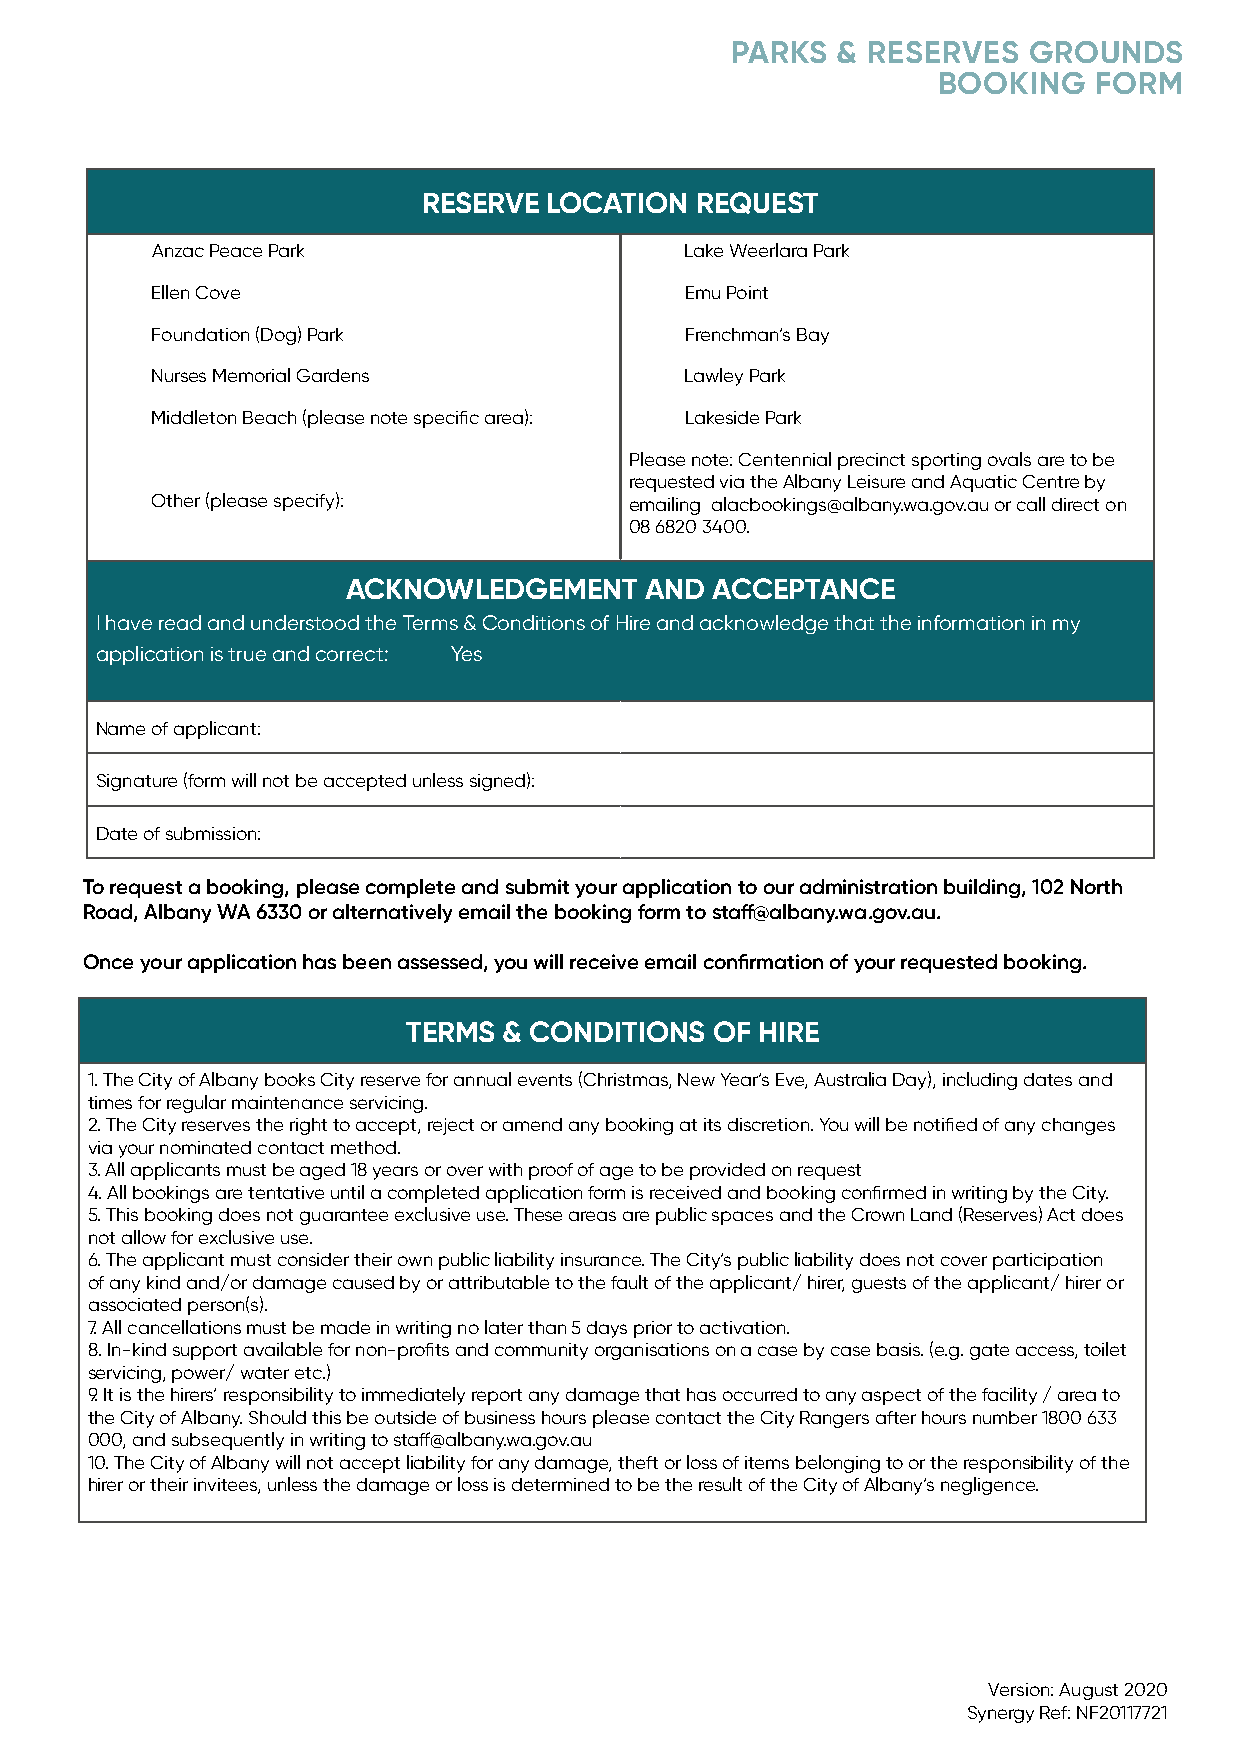
PARKS  & RESERVES   GROUNDS
 BOOKING   FORM
 RESERVE LOCATION  REQUEST
 Anzac Peace Park                   Lake Weerlara Park
 Ellen Cove                         Emu Point
 Foundation (Dog) Park              Frenchman’s Bay
 Nurses Memorial Gardens            Lawley Park
 Middleton Beach (please note specific area): Lakeside Park
 Please note: Centennial precinct sporting ovals are to be
 requested via the Albany Leisure and Aquatic Centre by
 Other (please specify):         emailing alacbookings@albany.wa.gov.au or call direct on
 08 6820 3400.
 ACKNOWLEDGEMENT     AND ACCEPTANCE
 I have read and understood the Terms & Conditions of Hire and acknowledge that the information in my
 application is true and correct: Yes
 Name of applicant:
 Signature (form will not be accepted unless signed):
 Date of submission:
 To request a booking, please complete and submit your application to our administration building, 102 North
 Road, Albany WA 6330 or alternatively email the booking form to staff@albany.wa.gov.au.
 Once your application has been assessed, you will receive email confirmation of your requested booking.
 TERMS & CONDITIONS  OF HIRE
 1. The City of Albany books City reserve for annual events (Christmas, New Year’s Eve, Australia Day), including dates and
 times for regular maintenance servicing.
 2. The City reserves the right to accept, reject or amend any booking at its discretion. You will be notified of any changes
 via your nominated contact method.
 3. All applicants must be aged 18 years or over with proof of age to be provided on request
 4. All bookings are tentative until a completed application form is received and booking confirmed in writing by the City.
 5. This booking does not guarantee exclusive use. These areas are public spaces and the Crown Land (Reserves) Act does
 not allow for exclusive use.
 6. The applicant must consider their own public liability insurance. The City’s public liability does not cover participation
 of any kind and/or damage caused by or attributable to the fault of the applicant/ hirer, guests of the applicant/ hirer or
 associated person(s).
 7. All cancellations must be made in writing no later than 5 days prior to activation.
 8. In-kind support available for non-profits and community organisations on a case by case basis. (e.g. gate access, toilet
 servicing, power/ water etc.)
 9. It is the hirers’ responsibility to immediately report any damage that has occurred to any aspect of the facility / area to
 the City of Albany. Should this be outside of business hours please contact the City Rangers after hours number 1800 633
 000, and subsequently in writing to staff@albany.wa.gov.au
 10. The City of Albany will not accept liability for any damage, theft or loss of items belonging to or the responsibility of the
 hirer or their invitees, unless the damage or loss is determined to be the result of the City of Albany’s negligence.
 Version: August 2020
 Synergy Ref: NF20117721